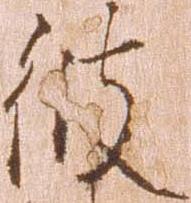
彼